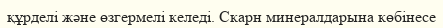
құрделі және өзгермелі келеді. Скарн минералдарына көбінесе